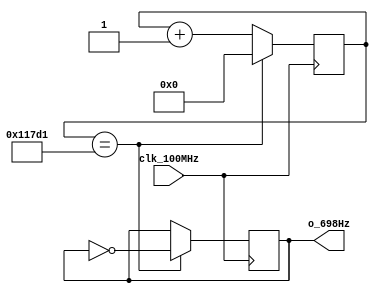
`timescale 1ns / 1ps
//////////////////////////////////////////////////////////////////////////////////
// Authored by David J. Marion aka FPGA Dude
// Created on 4/29/2022
// Using Vivado 2021.2
// Generating 698Hz signal for music tone 'fH'
//////////////////////////////////////////////////////////////////////////////////

module fH_698Hz(
    input clk_100MHz,
    output o_698Hz    
    );
    
    // 100MHz / 71,633 / 2 = 698.0023Hz
    reg r_698Hz;
    reg [16:0] r_counter = 0;
    
    always @(posedge clk_100MHz)
        if(r_counter == 17'd71_633) begin
            r_counter <= 0;
            r_698Hz <= ~r_698Hz;
            end
        else
            r_counter <= r_counter + 1;

    assign o_698Hz = r_698Hz;
    
endmodule